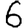
Digit: 6